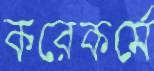
করেকর্মে